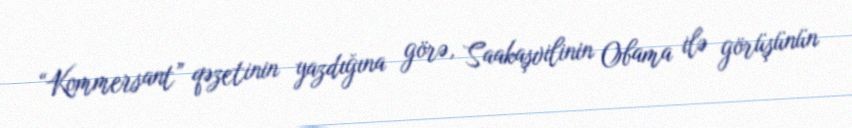
“Kommersant” qəzetinin yazdığına görə, Saakaşvilinin Obama ilə görüşünün